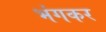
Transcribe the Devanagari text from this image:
भंगकर